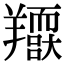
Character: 𦏥